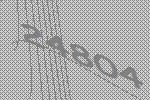
24804